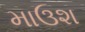
માઉશ